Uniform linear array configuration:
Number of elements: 32
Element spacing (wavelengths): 1
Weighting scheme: hamming
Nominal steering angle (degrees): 45
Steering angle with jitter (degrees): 46.561
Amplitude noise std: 0.05
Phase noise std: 0.05

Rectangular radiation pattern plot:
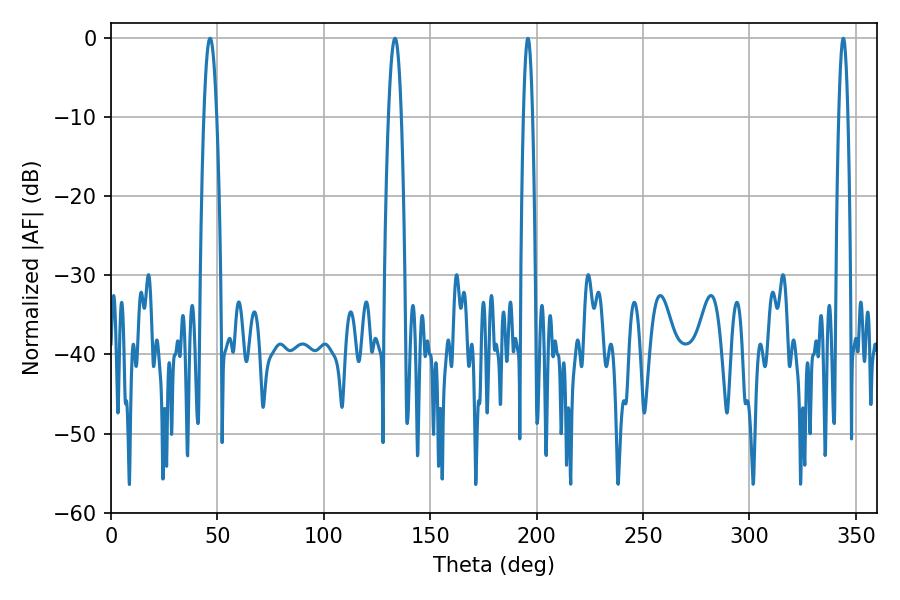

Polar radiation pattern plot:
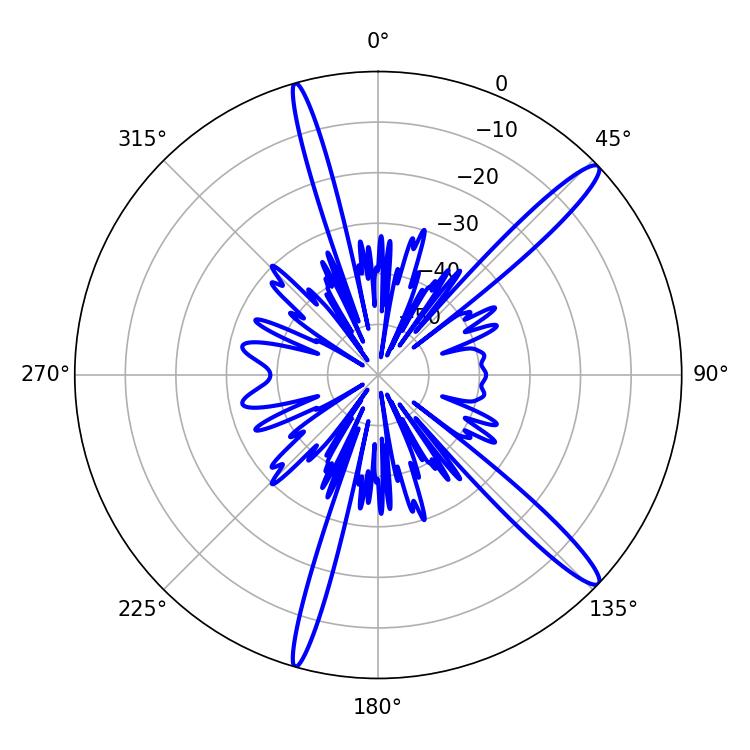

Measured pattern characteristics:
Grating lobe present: TRUE
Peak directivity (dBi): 14.75
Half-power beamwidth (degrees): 3.24
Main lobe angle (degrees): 46.62